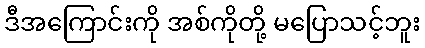
ဒီအကြောင်းကို အစ်ကိုတို့ မပြောသင့်ဘူး